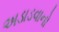
અડાડવાનો